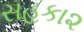
સહકા૨